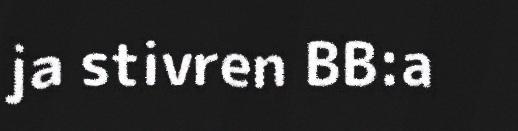
ja stivren BB:a